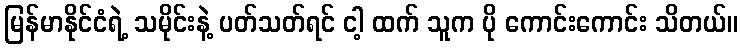
မြန်မာနိုင်ငံရဲ့ သမိုင်းနဲ့ ပတ်သတ်ရင် ငါ့ ထက် သူက ပို ကောင်းကောင်း သိတယ်။